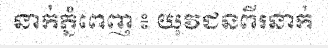
នាក់ភ្នំពេញ ៖ យុវជនពីរនាក់